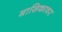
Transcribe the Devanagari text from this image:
मासिकावर